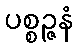
ပစ္စဉ္ဇနံ